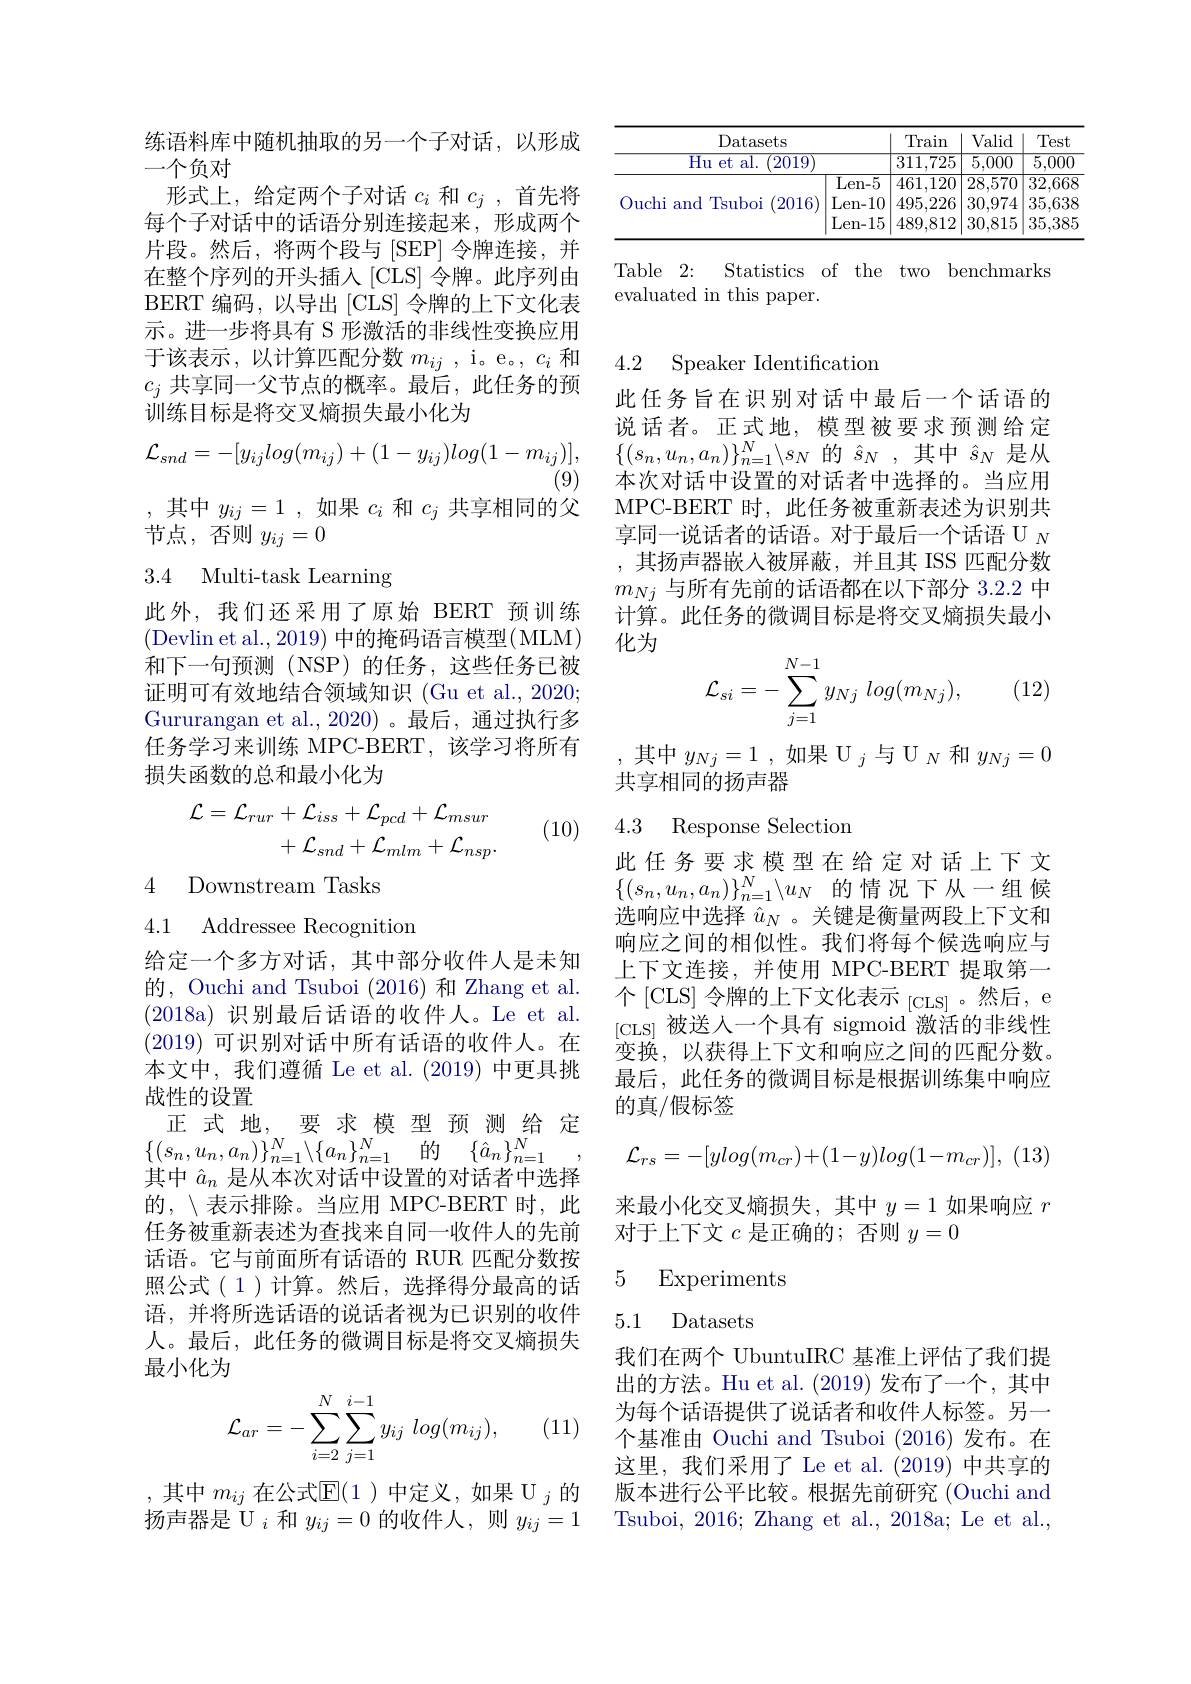
练语料库中随机抽取的另一个子对话，以形成
一个负对
形式上，给定两个子对话$c_i$和$c_j$,首先将每个子对话中的话语分别连接起来，形成两个片段。然后，将两个段与[SEP]令牌连接，并在整个序列的开头插入[CLS]令牌。此序列由BERT 编码，以导出[CLS]令牌的上下文化表示。进一步将具有 S 形激活的非线性变换应用于该表示，以计算匹配分数$m_ij$ ,i。e。$c_i$和$c_j$共享同一父节点的概率。最后，此任务的预训练目标是将交叉熵损失最小化为
$$\mathcal{L}_{snd}=-[y_{ij}log(m_{ij})+(1-y_{ij})log(1-m_{ij})],$$
(9)

,其中$y_{ij}=1$,如果$c_i$和$c_j$共享相同的父

节点，否则$y_ij=0$

3.4 Multi-task Learning

此外，我们还采用了原始 BERT 预训练(Devlin et al., 2019) 中的掩码语言模型(MLM) 和下一句预测(NSP)的任务，这些任务已被证明可有效地结合领域知识 (Gu et al., 2020; Gururangan et al.,2020)。最后，通过执行多任务学习来训练 MPC-BERT,该学习将所有损失函数的总和最小化为
$$\begin{aligned}\mathcal{L}=\mathcal{L}_{rur}+\mathcal{L}_{iss}+\mathcal{L}_{pcd}+\mathcal{L}_{msur}\\&+\mathcal{L}_{snd}+\mathcal{L}_{mlm}+\mathcal{L}_{nsp}.\end{aligned}$$
(10)

4 Downstream Tasks
4.1 Addressee Recognition

给定一个多方对话，其中部分收件人是未知的，Ouchi and Tsuboi (2016) 和 Zhang et al. (2018a)识别最后话语的收件人。Le et al. (2019)可识别对话中所有话语的收件人。在本文中，我们遵循 Le et al.(2019) 中更具挑战性的设置
正式地，要求模型预测给定
$\{ ( s_{n}, u_{n}, a_{n}) \} _{n= 1}^{N}\backslash \{ a_{n}\} _{n= 1}^{N}$ 的 $\{ \hat{a} _{n}\} _{n= 1}^{N}$
其中$\hat{a}_n$是从本次对话中设置的对话者中选择的，〈表示排除。当应用 MPC-BERT 时，此任务被重新表述为查找来自同一收件人的先前话语。它与前面所有话语的 RUR 匹配分数按照公式(1)计算。然后，选择得分最高的话语，并将所选话语的说话者视为已识别的收件人。最后，此任务的微调目标是将交叉熵损失最小化为
$$\mathcal{L}_{ar}=-\sum_{i=2}^{N}\sum_{j=1}^{i-1}y_{ij}\:log(m_{ij}),$$
(11)

其中$m_{ij}$在公式$\mathbb{E}(1)$中定义，如果 U $_j$的扬声器是 U $_i$和$y_{ij}=0$的收件人，则$y_{ij}=1$

<table>
	<tbody>
		<tr>
			<th>Datasets Hu et al. 2019</th>
			<th> </th>
			<th>Train $\overline{311,725}$</th>
			<th>Valid $\overline{5,000}$</th>
			<th>Test $\overline{5,000}$</th>
		</tr>
		<tr>
			<th>Datasets</th>
			<th> </th>
			<th>Train</th>
			<th>Valid</th>
			<th>Test</th>
		</tr>
		<tr>
			<th>$\overline{\text{Hu et al.}}$ 2019</th>
			<th> </th>
			<th>$\overline{311,725}$</th>
			<th>$\overline{5,000}$</th>
			<th>$\overline{5,000}$</th>
		</tr>
		<tr>
			<td rowspan="3">Ouchi i and $\textbf{I Tsuboi}$ (2016</td>
			<td>$\overline{\mathrm{Len-5}}$</td>
			<td>461,120</td>
			<td>28,570</td>
			<td>$\overline{32,668}$</td>
		</tr>
		<tr>
			<td>Len- 10</td>
			<td>495,226</td>
			<td>30,974</td>
			<td>35,638</td>
		</tr>
		<tr>
			<td>Len- 15</td>
			<td>489,812</td>
			<td>30,815</td>
			<td>35,385</td>
		</tr>
	</tbody>
</table>

Table 2: Statistics of the two benchmarks
evaluated in this paper.

## 4.2 Speaker Identification

此任务旨在识别对话中最后一个话语的说话者。正式地，模型被要求预测给定$\{(s_n,u_n,a_n)\}_{n=1}^N\backslash s_N$的$\hat{s}_N$,其中$\hat{s}_N$是从本次对话中设置的对话者中选择的。当应用MPC-BERT 时，此任务被重新表述为识别共享同一说话者的话语。对于最后一个话语 U $_N$ ,其扬声器嵌入被屏蔽，并且其 ISS 匹配分数$m_{Nj}$与所有先前的话语都在以下部分 3.2.2 中计算。此任务的微调目标是将交叉熵损失最小化为
$$\mathcal{L}_{si}=-\sum_{j=1}^{N-1}y_{Nj}\:log(m_{Nj}),$$
(12)

,其中$y_Nj=1$ ,如果 U $_j$与$\mathcal{U}_N$和$y_Nj=0$
共享相同的扬声器

## 4.3 Response Selection

此任务要求模型在给定对话上下文$\{(s_n,u_n,a_n)\}_{n=1}^N\setminus u_N$的情况下从一组候选响应中选择$\hat{u}_N$ 。关键是衡量两段上下文和响应之间的相似性。我们将每个候选响应与上下文连接，并使用 MPC-BERT 提取第一个[CLS] 令牌的上下文化表示$_{[\mathrm{CLS}]}$。然后，e $_{[\mathrm{CLS}]}$被送入一个具有 sigmoid 激活的非线性变换，以获得上下文和响应之间的匹配分数。最后，此任务的微调目标是根据训练集中响应的真/假标签
$$\mathcal{L}_{rs}=-[ylog(m_{cr})+(1-y)log(1-m_{cr})],$$
来最小化交叉熵损失，其中$y=1$如果响应$r$
对于上下文$c$是正确的；否则$y=0$

5 Experiments

## 5.1 Datasets

我们在两个 UbuntuIRC 基准上评估了我们提出的方法。Hu et al. (2019)发布了一个，其中为每个话语提供了说话者和收件人标签。另一个基准由 Ouchi and Tsuboi (2016)发布。在这里，我们采用了 Le et al.(2019) 中共享的版本进行公平比较。根据先前研究 (Ouchi and Tsuboi, 2016; Zhang et al., 2018a; Le et al.,